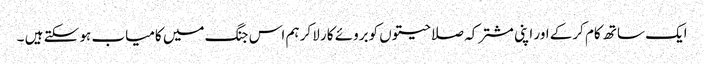
ایک ساتھ کام کرکے اور اپنی مشترکہ صلاحیتوں کوبروئے کار لاکر ہم اس جنگ میں کامیاب ہو سکتے ہیں ۔